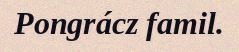
Pongrácz famil.